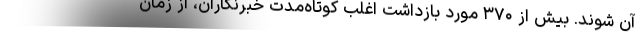
آن شوند. بیش از ۳۷۰ مورد بازداشت اغلب کوتاه‌مدتِ خبر‌نگاران، از زمان